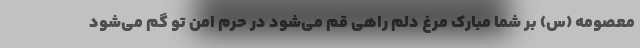
معصومه (س) بر شما مبارک مرغ دلم راهی قم می‌شود در حرم امن تو گم می‌شود